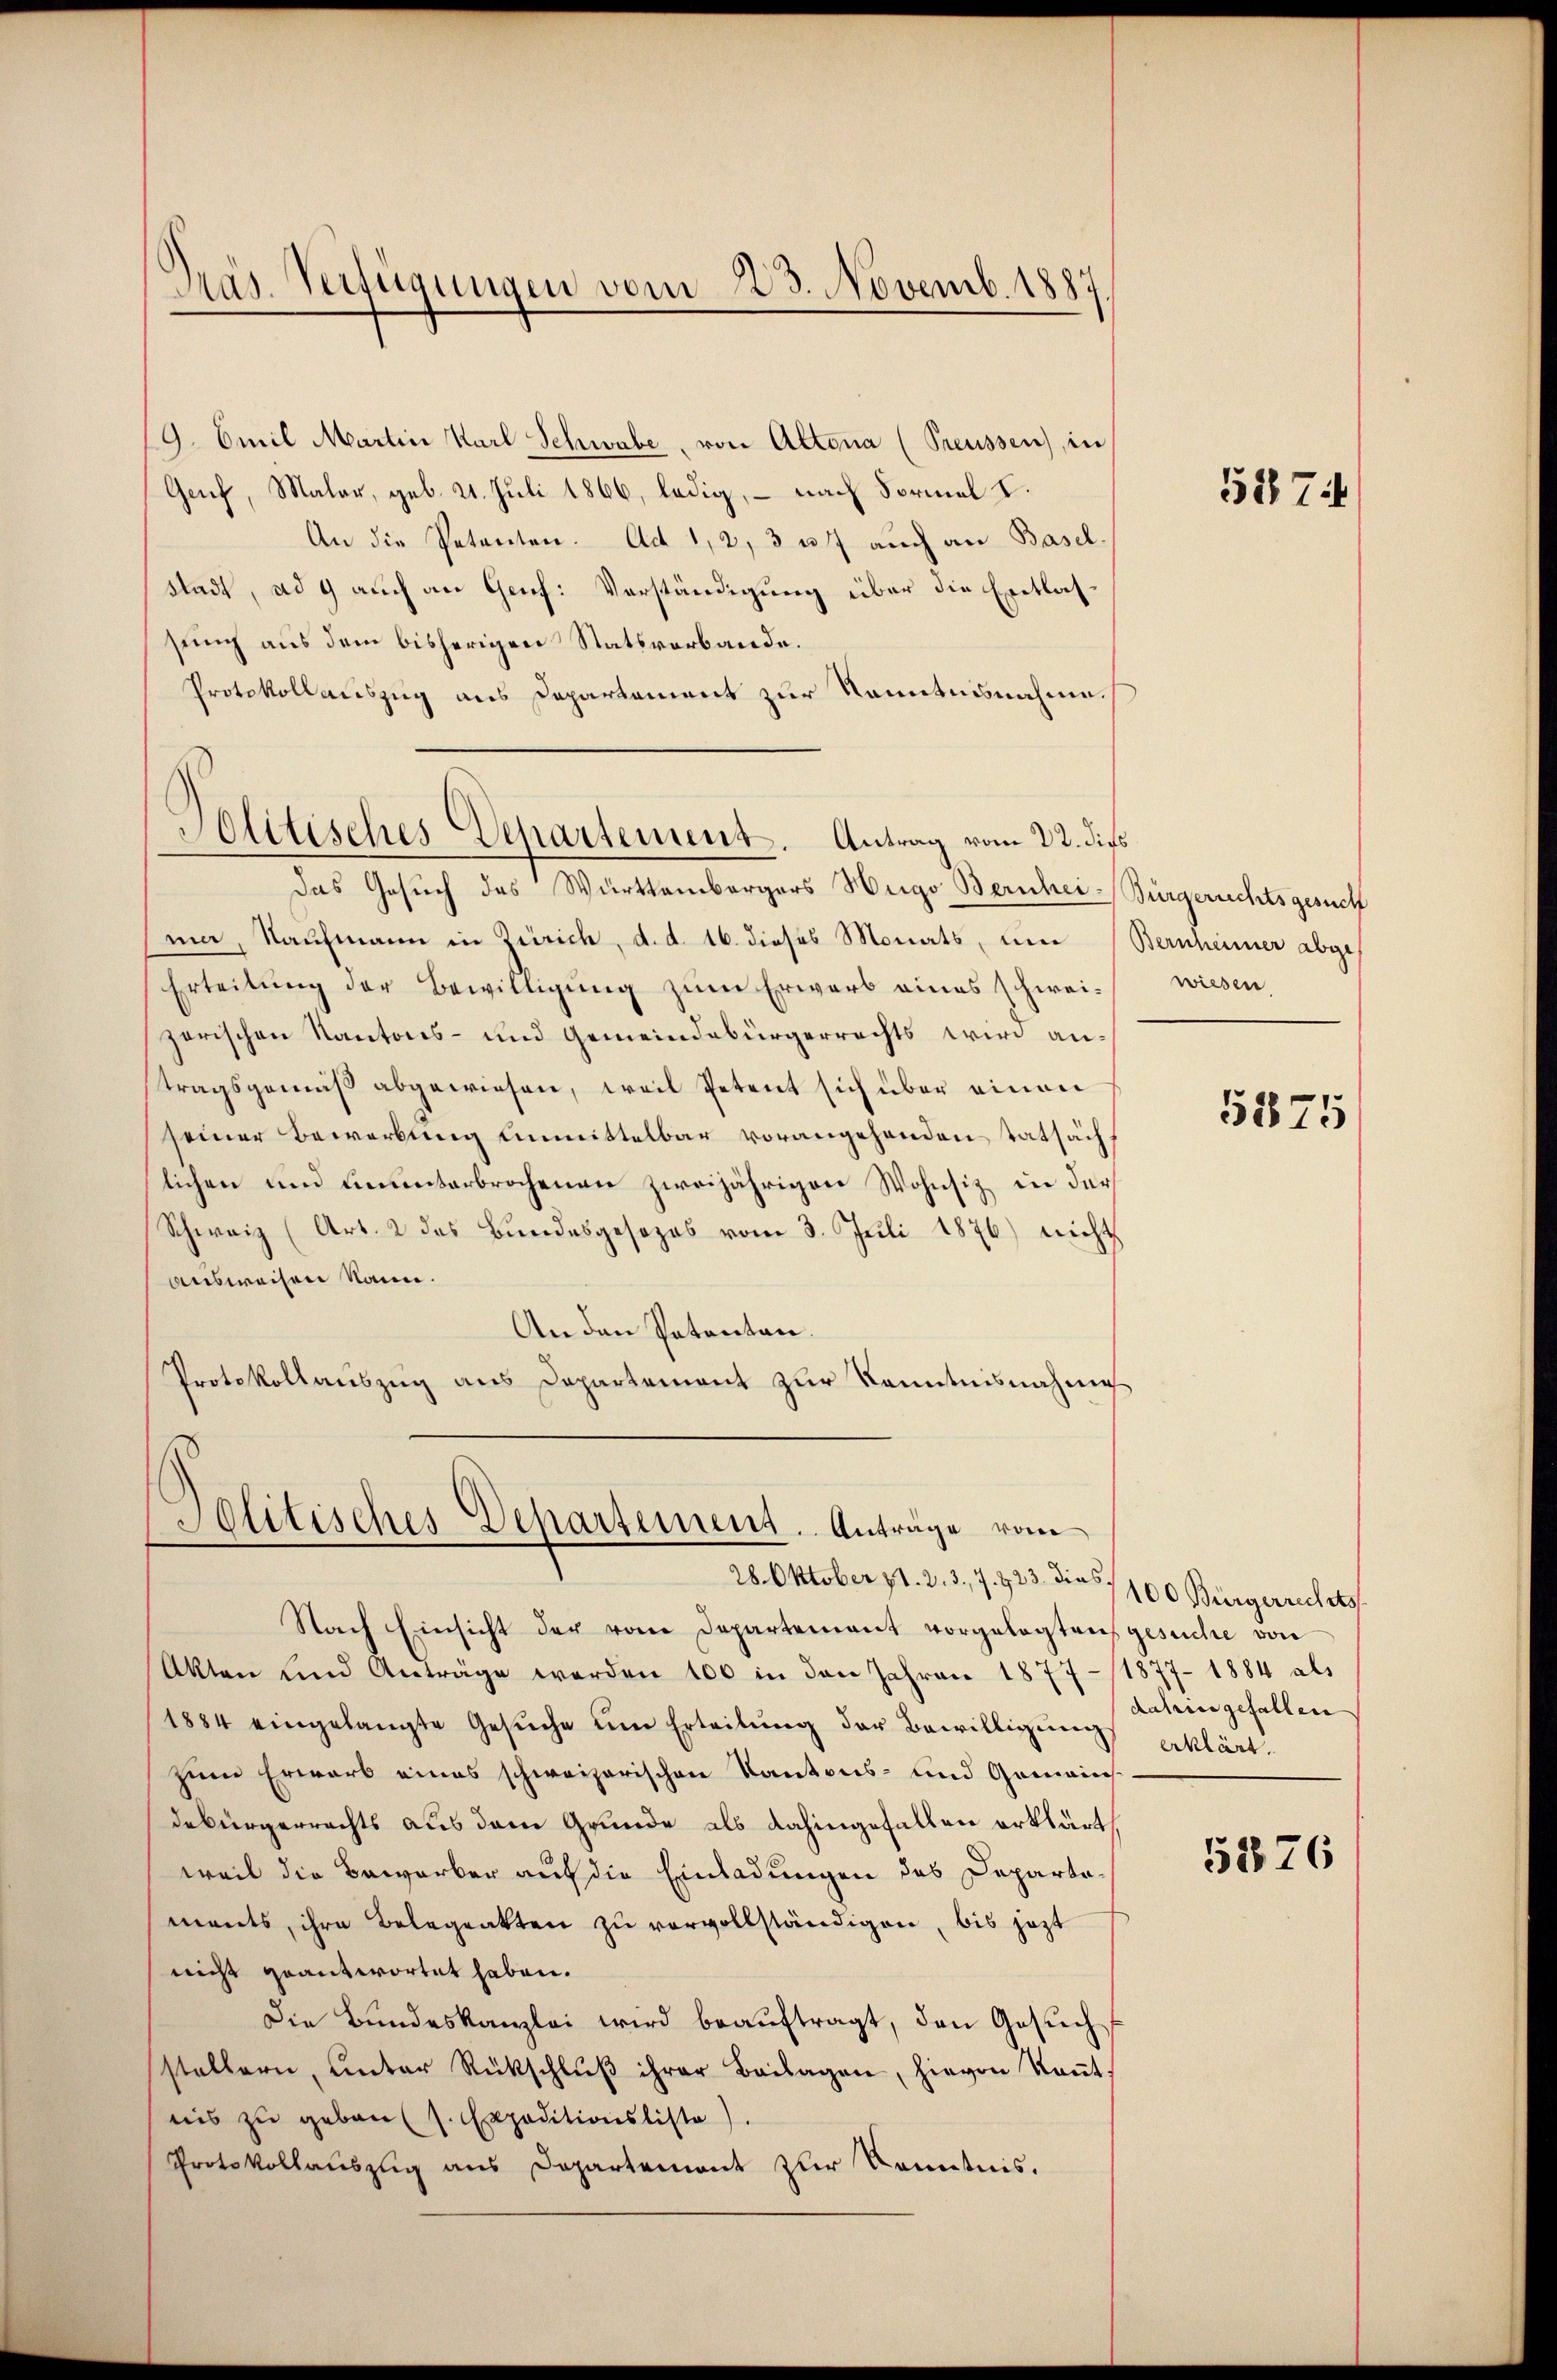
19. Emil Martin Karl Schwabe, von Altona (Preussen), in
Genf, Maler, geb. 21. Juli 1866, ledig, – nach Formal I.
An die Petenten. Ad 1, 2, 3 u. 7 auch an Basel.
Stadt, ad 4 auch an Genf: Verständigung über die Entlassung aus dem bisherigen Statsverbande.
Protokollauszug aus Departement zur Kenntnisnahme.
Das Gesuch des Württembergers Hugo Bernhei-Bürgerichtsgesuch
ma, Kaufmann in Zürich, d. d. 16. dieses Monats, um
Erteilung der Bewilligung zum Erwarb eines schweizerischen Kantons- und Gemeindebürgerrechts wird antragsgemäß abgewiesen, weil Petent sich über einen
seiner Bewerbung unmittelbar vorangehenden tatsächlichen und ununterbrochenen zweijährigen Wohnsiz in der
Schweiz (Art. 2 des Bundesgesezes vom 3. Juli 1876) nicht
ausweisen kann.
An den Patenten.
Protokollauszug aus Dapartement zur Kenntnisnahme

Präs. Verfügungen vom 23. Novemb. 1887.

Politisches Departement. Antrag vom 22. die

Politisches Departement. Anträge vom
28. Oktober z 1. 2. 3., 7. & 23. dies.

Nach Einsicht der vom Departement vorgelegten gesuche von
Akten und Anträge werden 100 in den Jahren 1877/1877. 1884 als
1884 eingelangte Gesŭche ŭm Erteilŭng der Bewilligŭng erklärt.
zum Erwarb eines schweizerischen Kantons- und Gemainsdebürgerrechts aus dem Grunde als dahingefallen erklärt,
weil die Bewerber auf die Einladungen des Departemants, ihre Belegenkten zu vervollständigen, bis jetzt
nicht geantwortet haben.
Die Bundeskanzlei wird beauftragt, den Gesuch
stellern, unter Rückschlŭβ ihrer Beilagen, hievon kaṅt.
nis zu geben (s. Expeditionsliste
Protokollauszug aus Departement zur Kenntnis.

5274

Bernheimer abge
wiesen.

5875

100 Bürgerrechts
dahin gefallen

5376